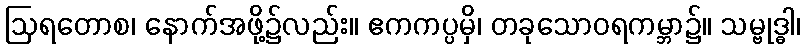
ဩရတောစ၊ နောက်အဖို့၌လည်း။ ဧကကပ္ပမှိ၊ တခုသောဝရကမ္ဘာ၌။ သမ္ဗုဒ္ဓါ၊